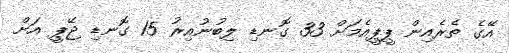
އޭގެ ތެރެއިން ޕީޕީއެމަށް 33 ގޮނޑި ލިބުނުއިރު 15 ގޮނޑި ޖޭޕީ އަށް